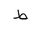
Letter: _da